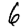
Digit: 6